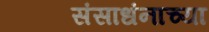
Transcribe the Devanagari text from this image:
संसाधंनाच्या